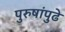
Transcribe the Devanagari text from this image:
पुरुषांपुढे